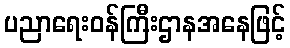
ပညာရေးဝန်ကြီးဌာနအနေဖြင့်